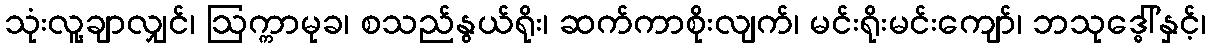
သုံးလူ့ချာလျှင်၊ ဩက္ကာမုခ၊ စသည်နွယ်ရိုး၊ ဆက်ကာစိုးလျက်၊ မင်းရိုးမင်းကျော်၊ ဘသုဒ္ဓေါ်နှင့်၊